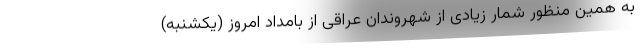
به همین منظور شمار زیادی از شهروندان عراقی از بامداد امروز (یکشنبه)